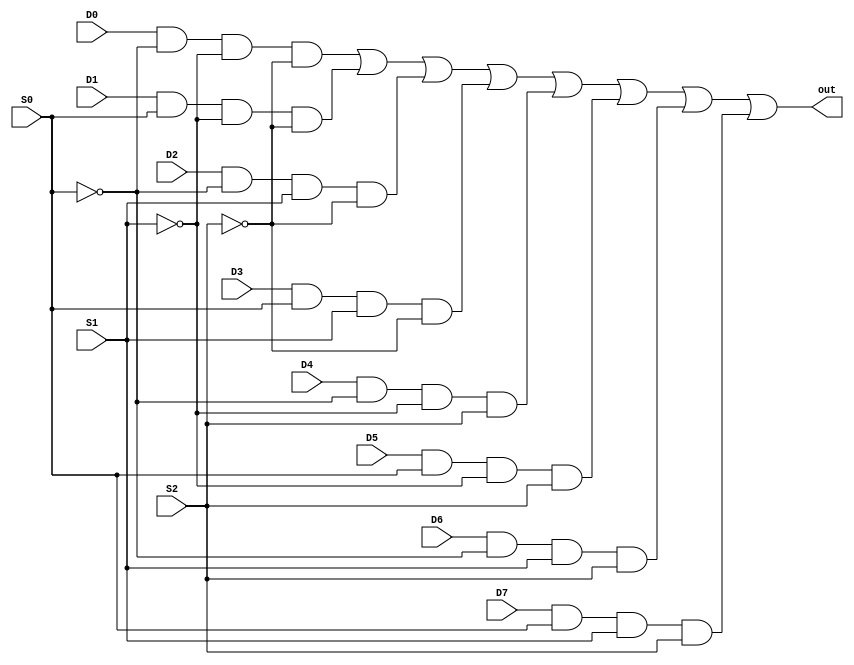
module m81(input D0, D1, D2, D3, D4, D5, D6, D7, S0, S1, S2, output out);
wire T1, T2, T3, T4, T5, T6, T7, T8, T9, T10, T11;
not(T1, S0);
not(T2, S1);
not(T3, S2);
and(T4, D0, T1, T2, T3), (T5, D1, S0, T2, T3);
and(T6, D2, T1, S1, T3), (T7, D3, S0, S1, T3);
and(T8, D4, T1, T2, S2), (T9, D5, S0, T2, S2);
and(T10, D6, T1, S1, S2), (T11, D7, S0, S1, S2);
or(out, T4, T5, T6, T7, T8, T9, T10, T11);
endmodule